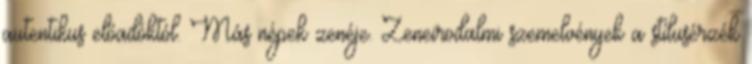
autentikus előadóktól. Más népek zenéje. Zeneirodalmi szemelvények a stílusérzék